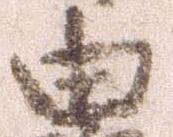
由